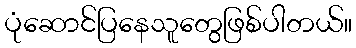
ပုံဆောင်ပြနေသူတွေဖြစ်ပါတယ်။